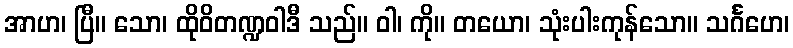
အာဟ၊ ပြီ။ သော၊ ထိုဝိတဏ္ဍဝါဒီ သည်။ ဝါ၊ ကို။ တယော၊ သုံးပါးကုန်သော။ သင်္ဂဟေ၊